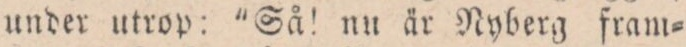
under utrop: ”Så! nu är Nyberg fram=